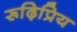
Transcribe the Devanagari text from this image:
रूढ़िप्रिय